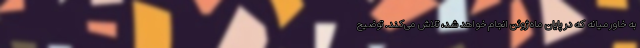
به خاورمیانه که در پایان ماه ژوئن انجام خواهد شد، تلاش می‌کند. توضیح